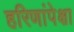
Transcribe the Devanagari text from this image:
हरिणांपेक्षा